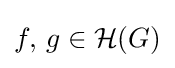
f,\,g\in {\mathcal {H}}(G)